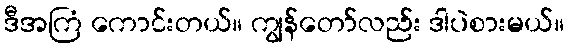
ဒီအကြံ ကောင်းတယ်။ ကျွန်တော်လည်း ဒါပဲစားမယ်။